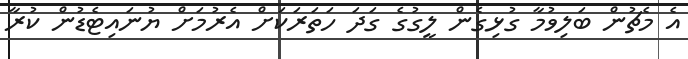
އެ މެޗުން ބަލިވުމާ ގުޅިގެން ލީގުގެ ގަދަ ހަތަރަކަށް އެރުމަށް ޔުނައިޓެޑުން ކުރާ